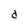
Character: d